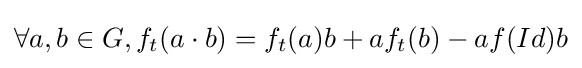
\forall a,b\in G,f_{t}(a\cdot b)=f_{t}(a)b+af_{t}(b)-af(Id)b